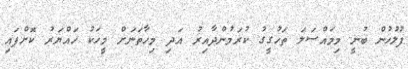
ފުލުހުން ބުނީ މިމައްސަލަ ތަހުގީގު ކުރަމުންދާއިރު އަދި މިހާތަނަށް މީހަކު ހައްޔަރު ކޮށްފައި